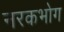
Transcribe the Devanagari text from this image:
नरकभोग